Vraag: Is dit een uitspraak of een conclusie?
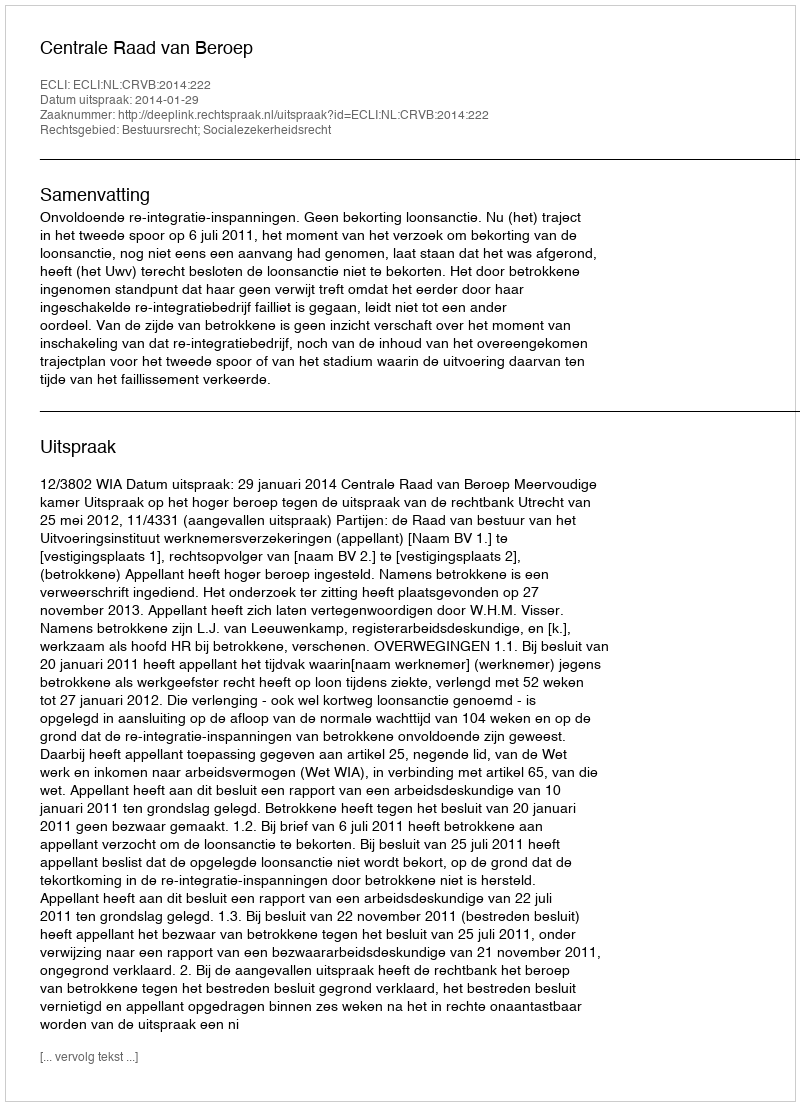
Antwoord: Uitspraak